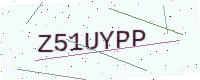
Text: Z51UYPP